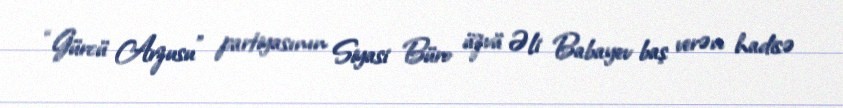
“Gürcü Arzusu” partiyasının Siyasi Büro üzvü Əli Babayev baş verən hadisə